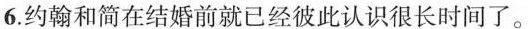
6.约翰和简在结婚前就已经彼此认识很长时间了。